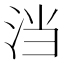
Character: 𭰎